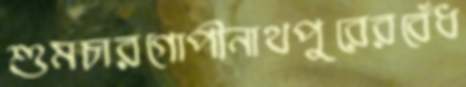
শুমচারগোপীনাথপুরেরবেঁধ